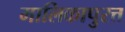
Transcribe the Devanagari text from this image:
मालिकापुरत्त